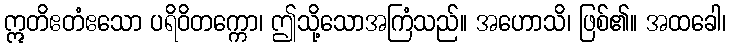
ဣတိဧတံဧသော ပရိဝိတက္ကော၊ ဤသို့သောအကြံသည်။ အဟောသိ၊ ဖြစ်၏။ အထခေါ၊